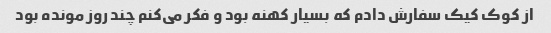
از کوک کیک سفارش دادم که بسیار کهنه بود و فکر می‌کنم چند روز مونده بود